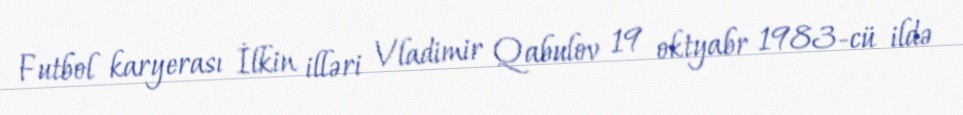
Futbol karyerası İlkin illəri Vladimir Qabulov 19 oktyabr 1983-cü ildə